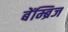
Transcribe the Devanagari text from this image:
बेंम्ब्रिज